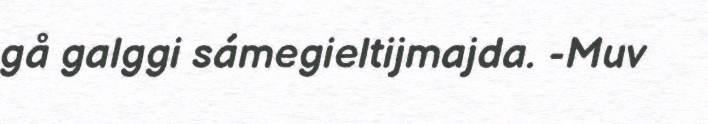
gå galggi sámegieltijmajda. -Muv